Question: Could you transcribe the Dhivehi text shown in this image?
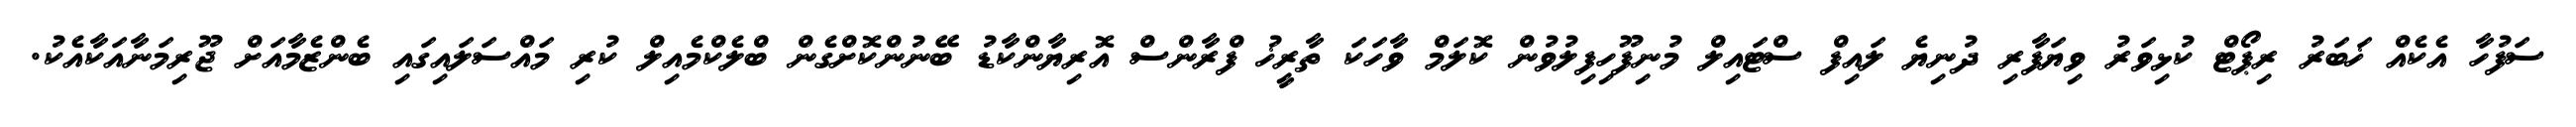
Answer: ސަފުހާ އެކެއް ޚަބަރު ރިޕޯޓް ކުޅިވަރު ވިޔަފާރި ދުނިޔެ ލައިފް ސްޓައިލް މުނިފޫހިފިލުވުން ކޮލަމް ވާހަކަ ތާރީޚު ފްރާންސް އޮރިޔާންކާޑު ބޭނުންކޮށްގެން ބްލެކްމެއިލް ކުރި މައްސަލައިގައި ބެންޒެމާއަށް ޖޫރިމަނާއަކާއެކު.